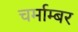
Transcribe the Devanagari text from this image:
चर्माम्बर